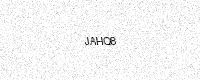
Text: JAHQ8